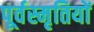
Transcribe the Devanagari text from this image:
पूर्वस्मृतियों